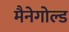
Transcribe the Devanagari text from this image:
मैनेगोल्ड